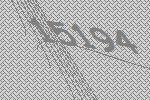
15194